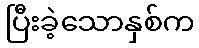
ပြီးခဲ့သောနှစ်က